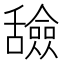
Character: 𬜐